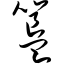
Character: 簋